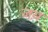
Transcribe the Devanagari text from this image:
जय़